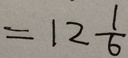
= 1 2 \frac { 1 } { 6 }